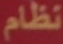
نظام